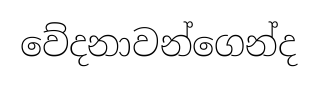
වේදනාවන්ගෙන්ද